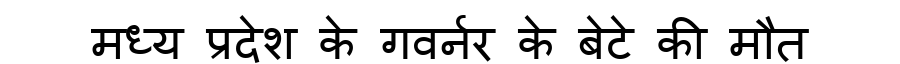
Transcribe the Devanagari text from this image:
मध्य प्रदेश के गवर्नर के बेटे की मौत